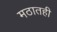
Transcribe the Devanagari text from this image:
मठातही